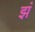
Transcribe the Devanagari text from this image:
झं